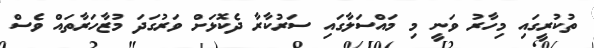
ތުކުރީގައި މިހާރު ވަނީ މި މައްސަލާގައި ސަރުކާރާ ދެކޮޅަށް ވަރުގަދަ މުޒާހަރާތައް ވެސް